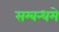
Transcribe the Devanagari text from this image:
सम्बन्धमे